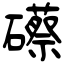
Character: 礤